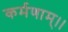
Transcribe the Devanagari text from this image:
कर्मणाम्।।